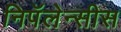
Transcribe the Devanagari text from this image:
निपॅलेन्सीस